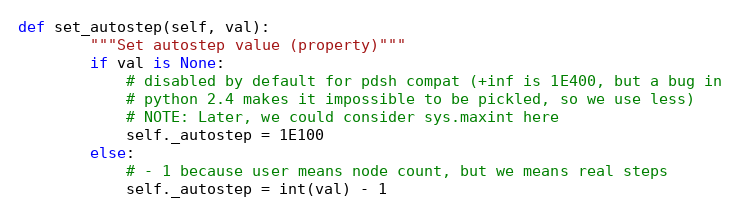
Language: Python
def set_autostep(self, val):
        """Set autostep value (property)"""
        if val is None:
            # disabled by default for pdsh compat (+inf is 1E400, but a bug in
            # python 2.4 makes it impossible to be pickled, so we use less)
            # NOTE: Later, we could consider sys.maxint here
            self._autostep = 1E100
        else:
            # - 1 because user means node count, but we means real steps
            self._autostep = int(val) - 1